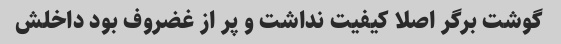
گوشت برگر اصلا کیفیت نداشت و پر از غضروف بود داخلش